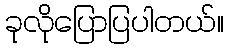
ခုလိုပြောပြပါတယ်။